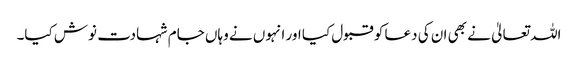
اللہ تعالیٰ نے بھی ان کی دعا کو قبول کیا اور انہوں نے وہاں جام شہادت نوش کیا۔